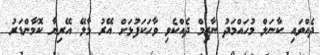
ދެއްވައި ކާނަލް މުހައްމަދު ނާޒިމް ދެއްކެވި ވާހަކަފުޅަށް އޭރު މާލޭ އޭރިޔާ ކޮމާންޑަރު